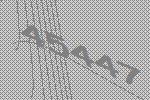
45447